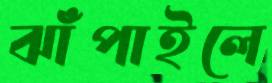
ঝাঁপাইলে